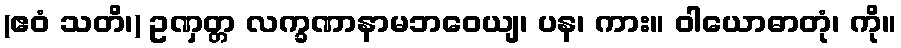
(ဧဝံ သတိ၊) ဥဏှတ္တ လက္ခဏာနာမဘဝေယျ၊ ပန၊ ကား။ ဝါယောဓာတုံ၊ ကို။